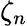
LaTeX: \zeta_{n}